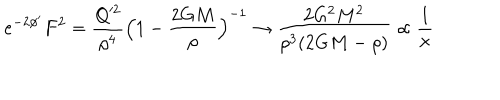
e ^ { - 2 \phi ^ { \prime } } F ^ { 2 } = \frac { Q ^ { 2 } } { \rho ^ { 4 } } \Bigl ( 1 - \frac { 2 G M } { \rho } \Bigr ) ^ { - 1 } \rightarrow \frac { 2 G ^ { 2 } M ^ { 2 } } { \rho ^ { 3 } ( 2 G M - \rho ) } \propto \frac { 1 } { x }